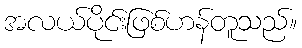
အလယ်ပိုင်းဖြစ်ဟန်တူသည်။